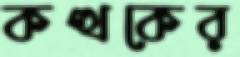
কত্থকের